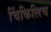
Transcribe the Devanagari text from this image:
चिंकिलिच